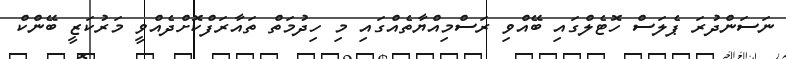
ނަސަންދުރަ ޕެލަސް ހޮޓެލްގައި ބޭއްވި ރަސްމިއްޔާތެއްގައި މި ހިދުމަތް ތައާރަފްކޮށްދެއްވީ މަރުކަޒީ ބޭންކް